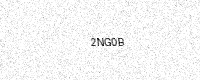
Text: 2NG0B